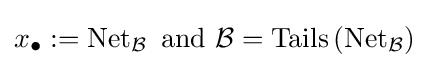
x_{\bullet }:=\operatorname {Net} _{\mathcal {B}}{\text{ and }}{\mathcal {B}}=\operatorname {Tails} \left(\operatorname {Net} _{\mathcal {B}}\right)